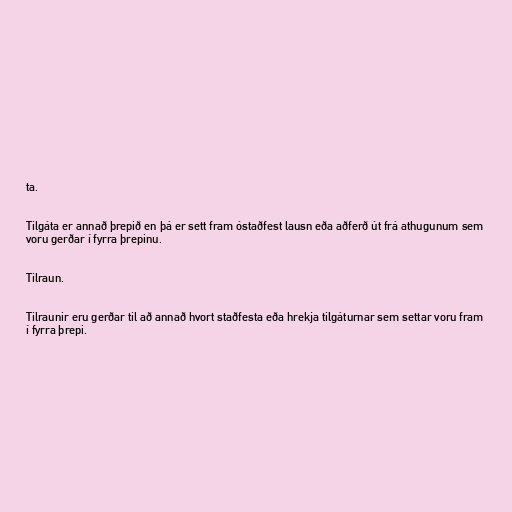
ta.

Tilgáta er annað þrepið en þá er sett fram óstaðfest lausn eða aðferð út frá athugunum sem
voru gerðar í fyrra þrepinu.

Tilraun.

Tilraunir eru gerðar til að annað hvort staðfesta eða hrekja tilgáturnar sem settar voru fram
í fyrra þrepi.